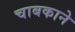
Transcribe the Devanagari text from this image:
चाबकाने